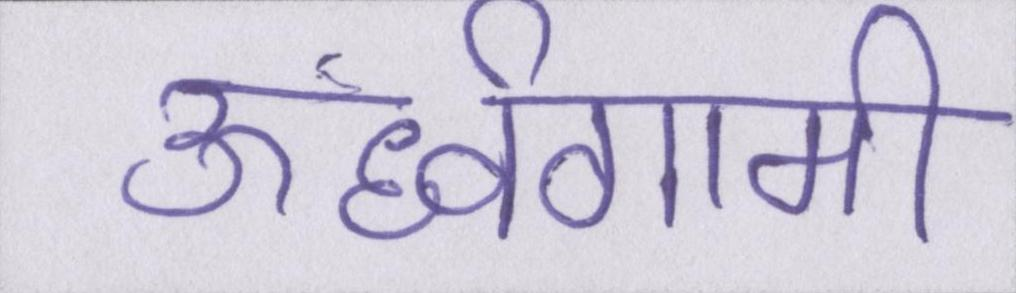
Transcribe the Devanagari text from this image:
ऊर्ध्वगामी